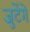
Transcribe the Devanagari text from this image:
जुटेंगे